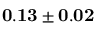
{ \bf 0 . 1 3 \pm 0 . 0 2 }